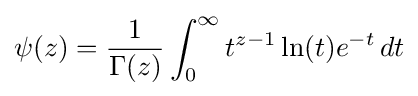
\psi (z)={\frac {1}{\Gamma (z)}}\int _{0}^{\infty }t^{z-1}\ln(t)e^{-t}\,dt